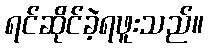
ရင်ဆိုင်ခဲ့ရဖူးသည်။